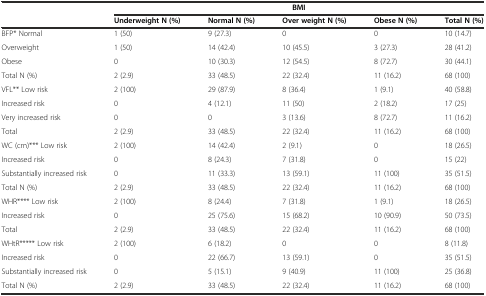
<table><thead><tr><td rowspan="2"></td><td colspan="5"><b>BMI</b></td></tr><tr><td><b>Underweight N (%)</b></td><td><b>Normal N (%)</b></td><td><b>Over weight N (%)</b></td><td><b>Obese N (%)</b></td><td><b>Total N (%)</b></td></tr></thead><tbody><tr><td>BFP* Normal</td><td>1 (50)</td><td>9 (27.3)</td><td>0</td><td>0</td><td>10 (14.7)</td></tr><tr><td>Overweight</td><td>1 (50)</td><td>14 (42.4)</td><td>10 (45.5)</td><td>3 (27.3)</td><td>28 (41.2)</td></tr><tr><td>Obese</td><td>0</td><td>10 (30.3)</td><td>12 (54.5)</td><td>8 (72.7)</td><td>30 (44.1)</td></tr><tr><td>Total N (%)</td><td>2 (2.9)</td><td>33 (48.5)</td><td>22 (32.4)</td><td>11 (16.2)</td><td>68 (100)</td></tr><tr><td>VFL** Low risk</td><td>2 (100)</td><td>29 (87.9)</td><td>8 (36.4)</td><td>1 (9.1)</td><td>40 (58.8)</td></tr><tr><td>Increased risk</td><td>0</td><td>4 (12.1)</td><td>11 (50)</td><td>2 (18.2)</td><td>17 (25)</td></tr><tr><td>Very increased risk</td><td>0</td><td>0</td><td>3 (13.6)</td><td>8 (72.7)</td><td>11 (16.2)</td></tr><tr><td>Total</td><td>2 (2.9)</td><td>33 (48.5)</td><td>22 (32.4)</td><td>11 (16.2)</td><td>68 (100)</td></tr><tr><td>WC (cm)*** Low risk</td><td>2 (100)</td><td>14 (42.4)</td><td>2 (9.1)</td><td>0</td><td>18 (26.5)</td></tr><tr><td>Increased risk</td><td>0</td><td>8 (24.3)</td><td>7 (31.8)</td><td>0</td><td>15 (22)</td></tr><tr><td>Substantially increased risk</td><td>0</td><td>11 (33.3)</td><td>13 (59.1)</td><td>11 (100)</td><td>35 (51.5)</td></tr><tr><td>Total N (%)</td><td>2 (2.9)</td><td>33 (48.5)</td><td>22 (32.4)</td><td>11 (16.2)</td><td>68 (100)</td></tr><tr><td>WHR**** Low risk</td><td>2 (100)</td><td>8 (24.4)</td><td>7 (31.8)</td><td>1 (9.1)</td><td>18 (26.5)</td></tr><tr><td>Increased risk</td><td>0</td><td>25 (75.6)</td><td>15 (68.2)</td><td>10 (90.9)</td><td>50 (73.5)</td></tr><tr><td>Total</td><td>2 (2.9)</td><td>33 (48.5)</td><td>22 (32.4)</td><td>11 (16.2)</td><td>68 (100)</td></tr><tr><td>WHtR***** Low risk</td><td>2 (100)</td><td>6 (18.2)</td><td>0</td><td>0</td><td>8 (11.8)</td></tr><tr><td>Increased risk</td><td>0</td><td>22 (66.7)</td><td>13 (59.1)</td><td>0</td><td>35 (51.5)</td></tr><tr><td>Substantially increased risk</td><td>0</td><td>5 (15.1)</td><td>9 (40.9)</td><td>11 (100)</td><td>25 (36.8)</td></tr><tr><td>Total N (%)</td><td>2 (2.9)</td><td>33 (48.5)</td><td>22 (32.4)</td><td>11 (16.2)</td><td>68 (100)</td></tr></tbody></table>